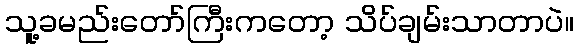
သူ့ခမည်းတော်ကြီးကတော့ သိပ်ချမ်းသာတာပဲ။